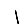
Digit: 1